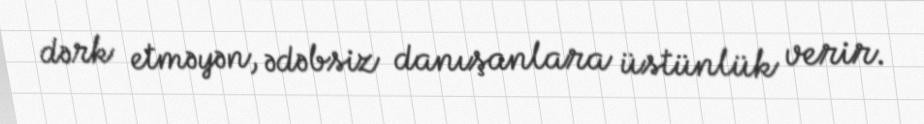
dərk etməyən, ədəbsiz danışanlara üstünlük verir.